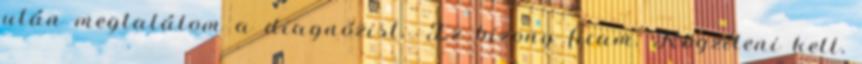
után megtalálom a diagnózist. -Ez bizony ficam. Rögzíteni kell,